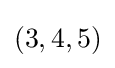
\left(3,4,5\right)